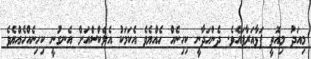
މިއަދު މިއޮތީ ފަޅާއަރާފައެވެ. ދެންހަދާނީ ކިހިނެއް ހެއްޔެވެ އެކަމަކު އެލެކްސްއަށް އެނގުނީ ކިހިނެއްހެއްޔެވެ